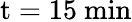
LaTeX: \mathrm{t}=15~\mathrm{min}